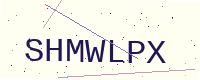
Text: SHMWLPX